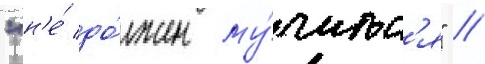
"н'е́ до́лжен му́читьс'я" //